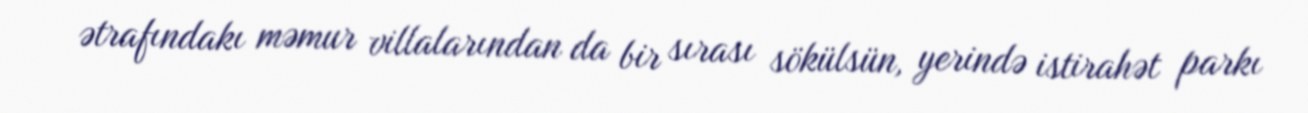
ətrafındakı məmur villalarından da bir sırası sökülsün, yerində istirahət parkı